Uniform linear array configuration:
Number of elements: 32
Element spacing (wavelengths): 0.25
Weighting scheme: binomial
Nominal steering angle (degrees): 15
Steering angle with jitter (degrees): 13.457
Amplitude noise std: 0.05
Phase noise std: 0.05

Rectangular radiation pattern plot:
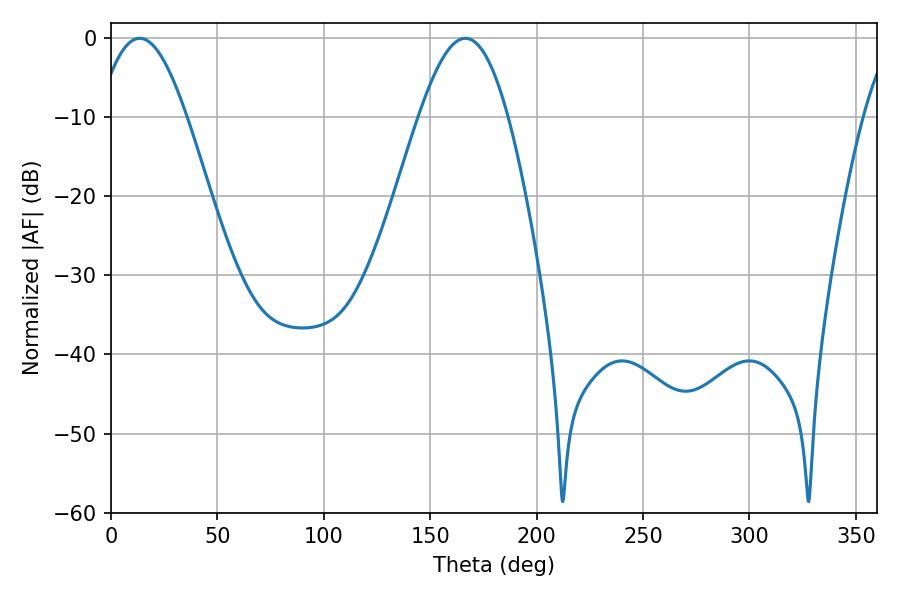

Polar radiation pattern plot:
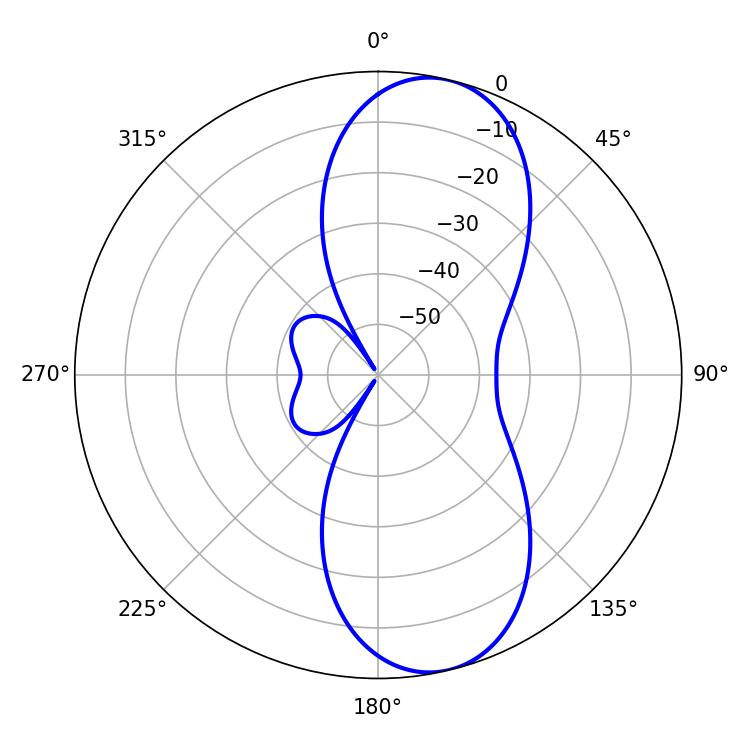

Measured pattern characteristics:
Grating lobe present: FALSE
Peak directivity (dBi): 9.826
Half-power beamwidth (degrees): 22.5
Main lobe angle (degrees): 13.5